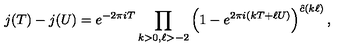
j ( T ) - j ( U ) = e ^ { - 2 \pi i T } \prod _ { k > 0 , \ell > - 2 } \left( 1 - e ^ { 2 \pi i ( k T + \ell U ) } \right) ^ { \hat { c } ( k \ell ) } ,